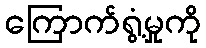
ကြောက်ရွံ့မှုကို